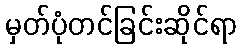
မှတ်ပုံတင်ခြင်းဆိုင်ရာ